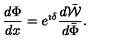
\frac { d \Phi } { d x } = e ^ { \imath \delta } \frac { d \bar { \cal W } } { d \bar { \Phi } } .